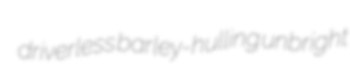
driverless barley-hulling unbright